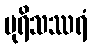
ပုရိသဿရံ